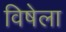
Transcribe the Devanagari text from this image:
विषेला